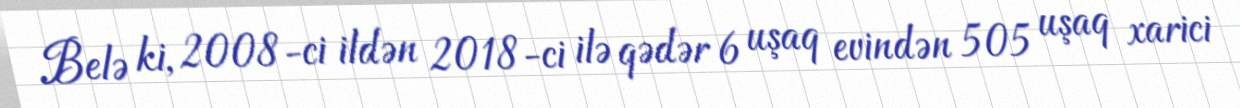
Belə ki, 2008-ci ildən 2018-ci ilə qədər 6 uşaq evindən 505 uşaq xarici